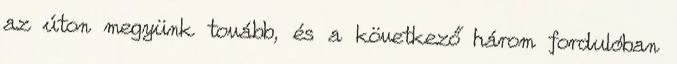
az úton megyünk tovább, és a következő három fordulóban